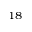
^ { 1 8 }